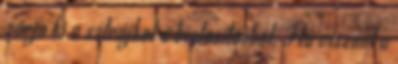
zárja ki a sztrájkot a biztosításból. Ha viszont a